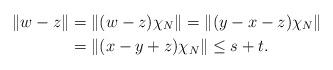
LaTeX: \begin{align*}\Vert w-z \Vert& = \Vert(w-z)\chi_N\Vert=\Vert(y-x-z)\chi_N\Vert \\& =\Vert(x-y+z)\chi_N\Vert \le s+t.\end{align*}